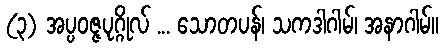
(၃) အပ္ပဝဇ္ဇပုဂ္ဂိုလ် ... သောတပန်၊ သကဒါဂါမ်၊ အနာဂါမ်။